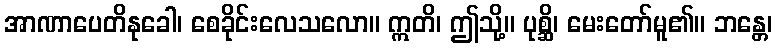
အာဏာပေတိနုခေါ၊ စေခိုင်းလေသလော။ ဣတိ၊ ဤသို့။ ပုစ္ဆိ၊ မေးတော်မူ၏။ ဘန္တေ၊